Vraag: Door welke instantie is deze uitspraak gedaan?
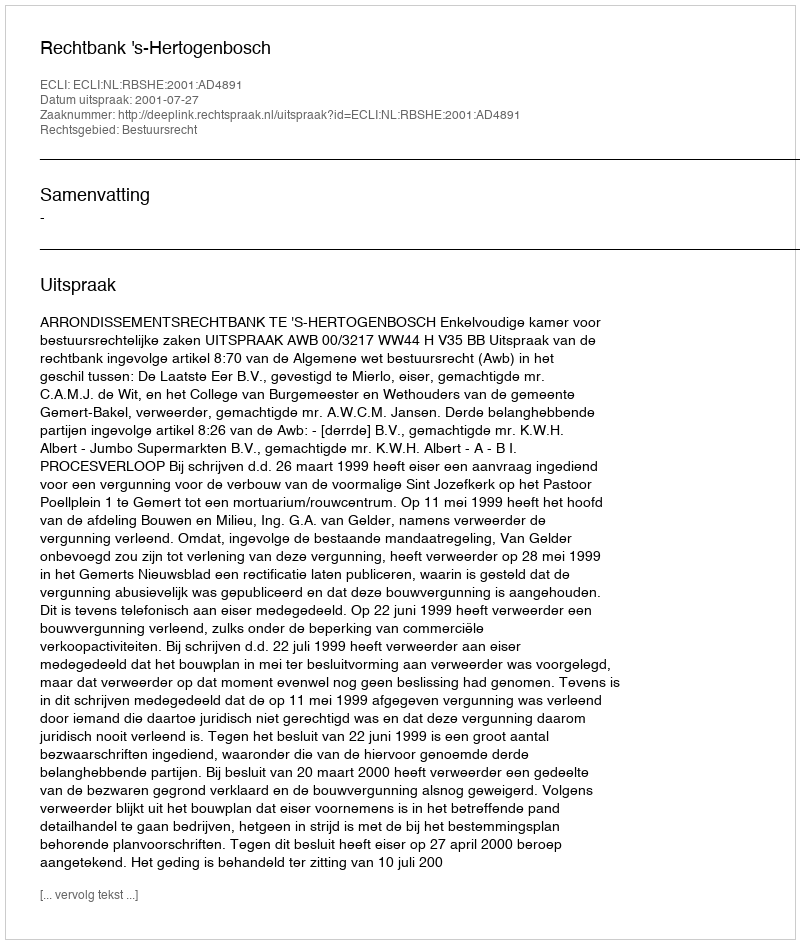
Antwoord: Rechtbank 's-Hertogenbosch